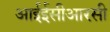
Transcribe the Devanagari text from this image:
आईईसीआरसी